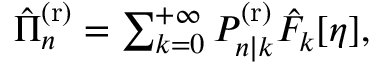
\begin{array} { r } { \hat { \Pi } _ { n } ^ { \mathrm { ( r ) } } = \sum _ { k = 0 } ^ { + \infty } P _ { n | k } ^ { \mathrm { ( r ) } } \hat { F } _ { k } [ \eta ] , } \end{array}